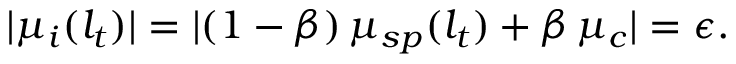
| \mu _ { i } ( l _ { t } ) | = | ( 1 - \beta ) \, \mu _ { s p } ( l _ { t } ) + \beta \, \mu _ { c } | = \epsilon .